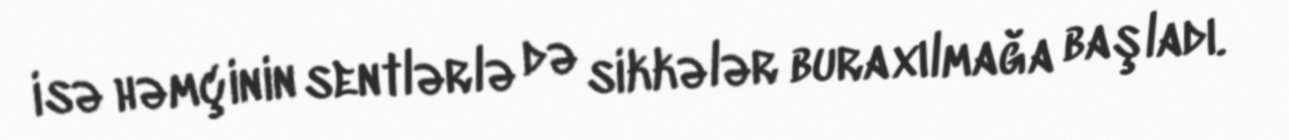
isə həmçinin sentlərlə də sikkələr buraxılmağa başladı.